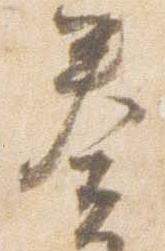
奏